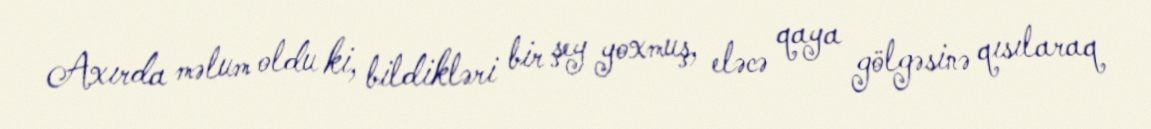
Axırda məlum oldu ki, bildikləri bir şey yoxmuş, eləcə qaya gölgəsinə qısılaraq